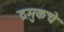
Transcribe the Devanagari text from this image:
द्रमुकचे